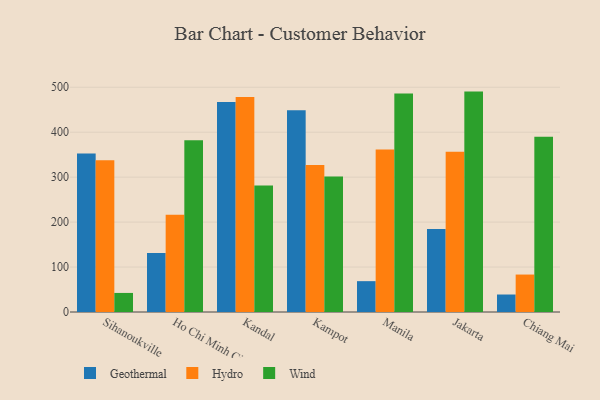
{"axis": {"x": "City", "y": "Waste Production (Tons)"}, "legend": ["Geothermal", "Hydro", "Wind"], "data": [{"x": "Sihanoukville", "y": 352.8, "type": "Geothermal"}, {"x": "Sihanoukville", "y": 337.6, "type": "Hydro"}, {"x": "Sihanoukville", "y": 42.4, "type": "Wind"}, {"x": "Ho Chi Minh City", "y": 131.4, "type": "Geothermal"}, {"x": "Ho Chi Minh City", "y": 216.6, "type": "Hydro"}, {"x": "Ho Chi Minh City", "y": 382.2, "type": "Wind"}, {"x": "Kandal", "y": 467.4, "type": "Geothermal"}, {"x": "Kandal", "y": 478.5, "type": "Hydro"}, {"x": "Kandal", "y": 281.5, "type": "Wind"}, {"x": "Kampot", "y": 449.0, "type": "Geothermal"}, {"x": "Kampot", "y": 327.1, "type": "Hydro"}, {"x": "Kampot", "y": 301.3, "type": "Wind"}, {"x": "Manila", "y": 68.6, "type": "Geothermal"}, {"x": "Manila", "y": 361.4, "type": "Hydro"}, {"x": "Manila", "y": 485.8, "type": "Wind"}, {"x": "Jakarta", "y": 184.5, "type": "Geothermal"}, {"x": "Jakarta", "y": 356.3, "type": "Hydro"}, {"x": "Jakarta", "y": 490.3, "type": "Wind"}, {"x": "Chiang Mai", "y": 38.9, "type": "Geothermal"}, {"x": "Chiang Mai", "y": 83.3, "type": "Hydro"}, {"x": "Chiang Mai", "y": 390.0, "type": "Wind"}]}